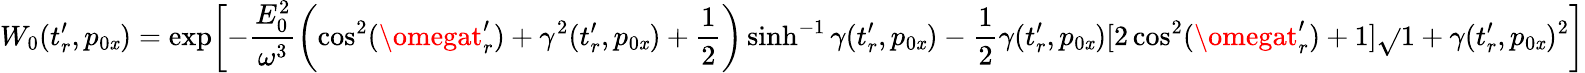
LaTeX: W_{0}(t_{r}^{\prime},p_{0\mathit{x}})=\exp\biggl[-\frac{{E_{0}^{2}}}{{\omega^{3}}}\biggl(\cos^{2}(\omegat_{r}^{\prime})+\gamma^{2}(t_{r}^{\prime},p_{0\mathit{x}})+\frac{{1}}{{2}}\biggr)\sinh^{-1}\gamma(t_{r}^{\prime},p_{0\mathit{x}})-\frac{{1}}{{2}}\gamma(t_{r}^{\prime},p_{0\mathit{x}})[2\cos^{2}(\omegat_{r}^{\prime})+1]\sqrt{}{{1+\gamma(t_{r}^{\prime},p_{0\mathit{x}})^{2}}}\biggr]